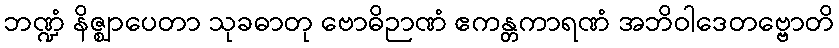
ဘဏ္ဍံ နိဇ္ဈာပေတာ သုခဓာတု ဗောဓိဉာဏံ ဧကန္တကာရဏံ အဘိဝါဒေတဗ္ဗောတိ